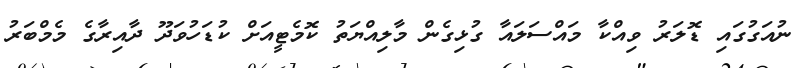
ނުއަގުގައި ޑޮލަރު ވިއްކާ މައްސަލައާ ގުޅިގެން މާލިއްޔަތު ކޮމެޓީއަށް ކުޑަހުވަދޫ ދާއިރާގެ މެމްބަރު